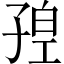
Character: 𡥴